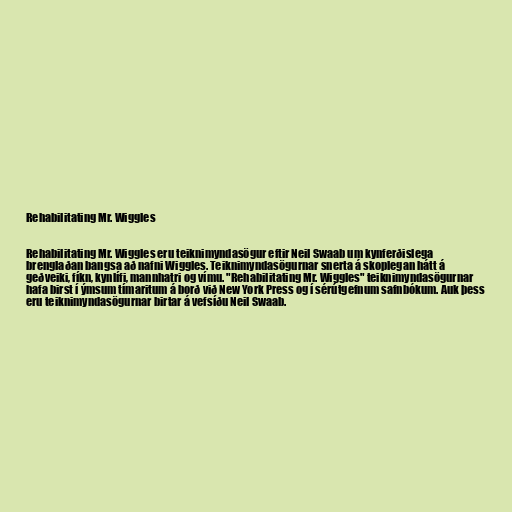
Rehabilitating Mr. Wiggles

Rehabilitating Mr. Wiggles eru teiknimyndasögur eftir Neil Swaab um kynferðislega
brenglaðan bangsa að nafni Wiggles. Teiknimyndasögurnar snerta á skoplegan hátt á
geðveiki, fíkn, kynlífi, mannhatri og vímu. "Rehabilitating Mr. Wiggles" teiknimyndasögurnar
hafa birst í ýmsum tímaritum á borð við New York Press og í sérútgefnum safnbókum. Auk þess
eru teiknimyndasögurnar birtar á vefsíðu Neil Swaab.